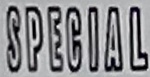
SPECIAL